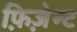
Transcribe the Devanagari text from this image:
फ़िज़ेन्ट